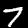
Digit: 7